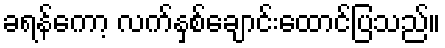
ခရန်ကော့ လက်နှစ်ချောင်းထောင်ပြသည်။